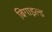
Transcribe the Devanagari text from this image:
बिगाइल्ड